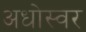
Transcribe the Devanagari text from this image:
अधोस्वर